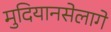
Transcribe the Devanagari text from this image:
मुदियानसेलागे